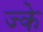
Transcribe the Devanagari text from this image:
ज्के